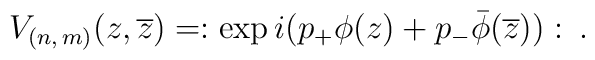
V_{(n,\, m)}(z,\overline{z})=:\exp i(p_{+}\phi (z)+p_{-}\bar{\phi }(\overline{z})):\: .